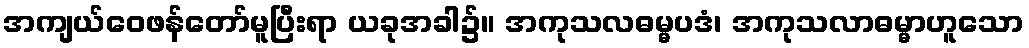
အကျယ်ဝေဖန်တော်မူပြီးရာ ယခုအခါ၌။ အကုသလဓမ္မပဒံ၊ အကုသလာဓမ္မာဟူသော